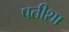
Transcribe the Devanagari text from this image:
पतीशा